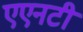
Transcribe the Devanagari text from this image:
एएनटी